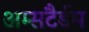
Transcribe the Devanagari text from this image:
अम्सटैर्डम